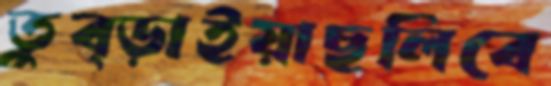
তুব্‌ড়াইয়াছলিবে